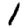
Digit: 1